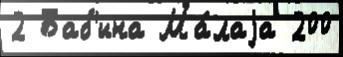
2 Баб'ина Ма́лаjа 200